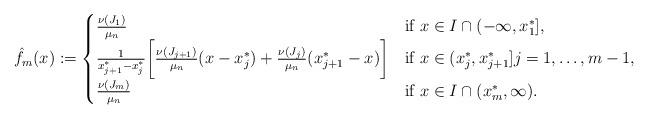
LaTeX: \begin{align*}\hat f_m(x):= \begin{cases}\frac{\nu(J_1)}{\mu_n} & \textnormal{if } x\in I\cap (-\infty, x_1^*],\\\frac{1}{x_{j+1}^*-x_j^*}\bigg[\frac{\nu(J_{j+1})}{\mu_n}(x-x_j^*)+\frac{\nu(J_{j})}{\mu_n}(x_{j+1}^*-x)\bigg] & \textnormal{if } x\in (x_j^*,x_{j+1}^*] j = 1,\dots,m-1,\\\frac{\nu(J_m)}{\mu_n} & \textnormal{if } x\in I\cap (x_m^*,\infty). \end{cases}\end{align*}